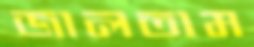
জালতাম